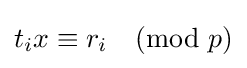
t_{i}x\equiv r_{i}{\pmod {p}}